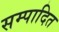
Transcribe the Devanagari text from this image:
सम्‍पादित